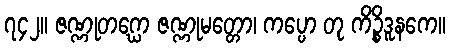
၇၄၂။ ဇဏ္ဏုတဂ္ဃော ဇဏ္ဏုမတ္တော၊ ကပ္ပော တု ကိဉ္စိဒူနကေ။